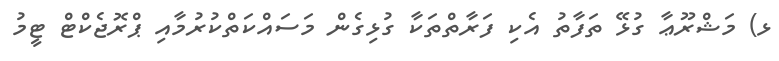
ޅ) މަޝްރޫޢާ ގުޅޭ ތަފާތު އެކި ފަރާތްތަކާ ގުޅިގެން މަސައްކަތްކުރުމާއި ޕްރޮޖެކްޓް ޓީމު